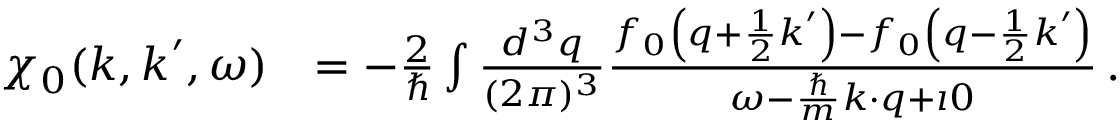
\begin{array} { r l } { \chi _ { 0 } ( \boldsymbol { k } , \boldsymbol { k } ^ { \prime } , \omega ) } & { = - \frac { 2 } { \hbar } \int \frac { d ^ { 3 } q } { ( 2 \pi ) ^ { 3 } } \frac { f _ { 0 } \left( \boldsymbol { q } + \frac { 1 } { 2 } \boldsymbol { k } ^ { \prime } \right) - f _ { 0 } \left( \boldsymbol { q } - \frac { 1 } { 2 } \boldsymbol { k } ^ { \prime } \right) } { \omega - \frac { \hbar } { m } \boldsymbol { k } \cdot \boldsymbol { q } + \imath 0 } \, . } \end{array}